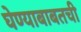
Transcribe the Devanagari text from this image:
घेण्याबाबतची